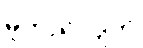
မူတည်လျက်